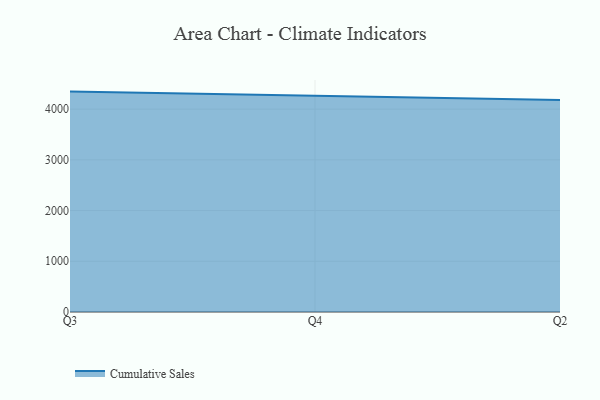
{"axis": {"x": "Quarter", "y": "Page Views"}, "legend": ["Cumulative Sales"], "data": [{"x": "Q3", "y": 4345.7, "type": "Cumulative Sales"}, {"x": "Q4", "y": 4269.5, "type": "Cumulative Sales"}, {"x": "Q2", "y": 4180.0, "type": "Cumulative Sales"}]}